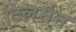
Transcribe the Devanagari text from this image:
टिलर्सन